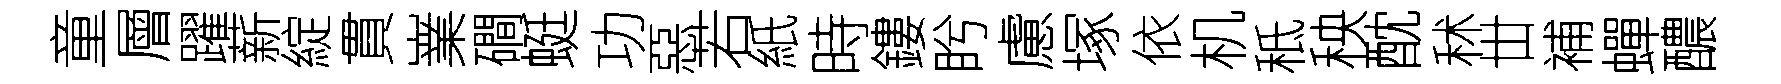
童層躍薪綻貫嶪磵蜓功惡若紙時鏤盻慮塚依机秪秧酖秫丗補蟬醲